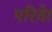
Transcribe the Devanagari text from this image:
परिवेा